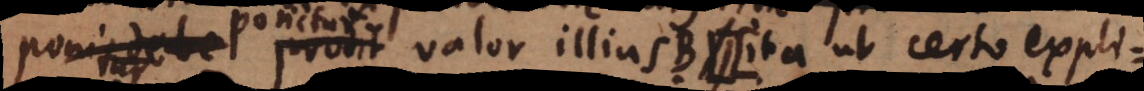
ponitur prodit valor illius B (: ita ut certo expli